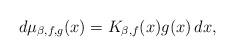
LaTeX: \begin{align*}d\mu_{\beta,f,g}(x) = K_{\beta,f}(x) g(x)\, dx,\end{align*}